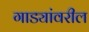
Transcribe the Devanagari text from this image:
गाड्यांवरील